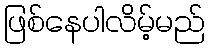
ဖြစ်နေပါလိမ့်မည်